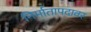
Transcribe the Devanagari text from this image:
निर्मातापदावर